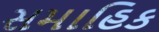
સમાહિક